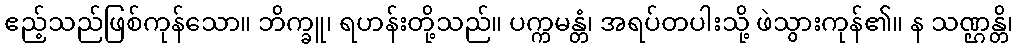
ဧည့်သည်ဖြစ်ကုန်သော။ ဘိက္ခူ၊ ရဟန်းတို့သည်။ ပက္ကမန္တံ၊ အရပ်တပါးသို့ ဖဲသွားကုန်၏။ န သဏ္ဌန္တိ၊